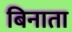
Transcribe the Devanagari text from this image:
बिनाता